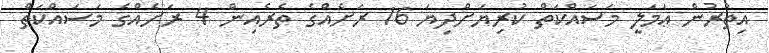
އިތުރުން ޢަމަލީ މަސައްކަތް ކުރިޔަށްދިޔަ 16 ރަށެއްގެ ތެރެއިން 4 ރަށެއްގެ މަސައްކަތް